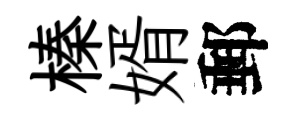
榛婿郵